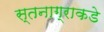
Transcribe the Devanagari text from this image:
स्तनाग्राकडे